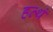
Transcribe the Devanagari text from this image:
हत्थं